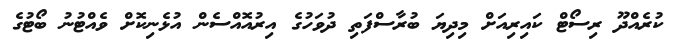
ކުރެއްދޫ ރިސޯޓް ކައިރިއަށް މިދިޔަ ބުރާސްފަތި ދުވަހުގެ އިރުއޮއްސެން އުޅެނިކޮށް ވެއްޓުނު ބޯޓުގެ